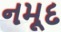
નમૂદ